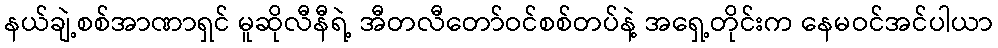
နယ်ချဲ့စစ်အာဏာရှင် မူဆိုလီနီရဲ့ အီတလီတော်ဝင်စစ်တပ်နဲ့ အရှေ့တိုင်းက နေမဝင်အင်ပါယာ